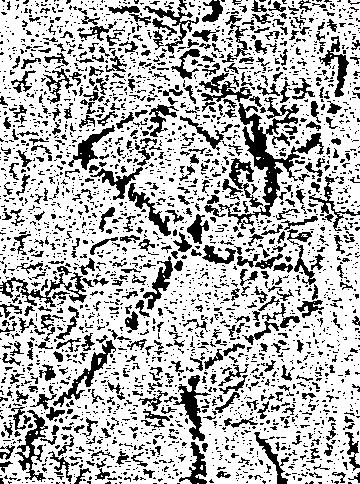
也